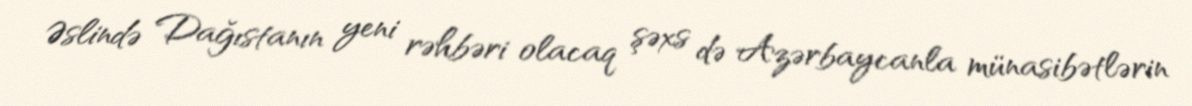
Əslində Dağıstanın yeni rəhbəri olacaq şəxs də Azərbaycanla münasibətlərin